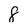
Character: 8